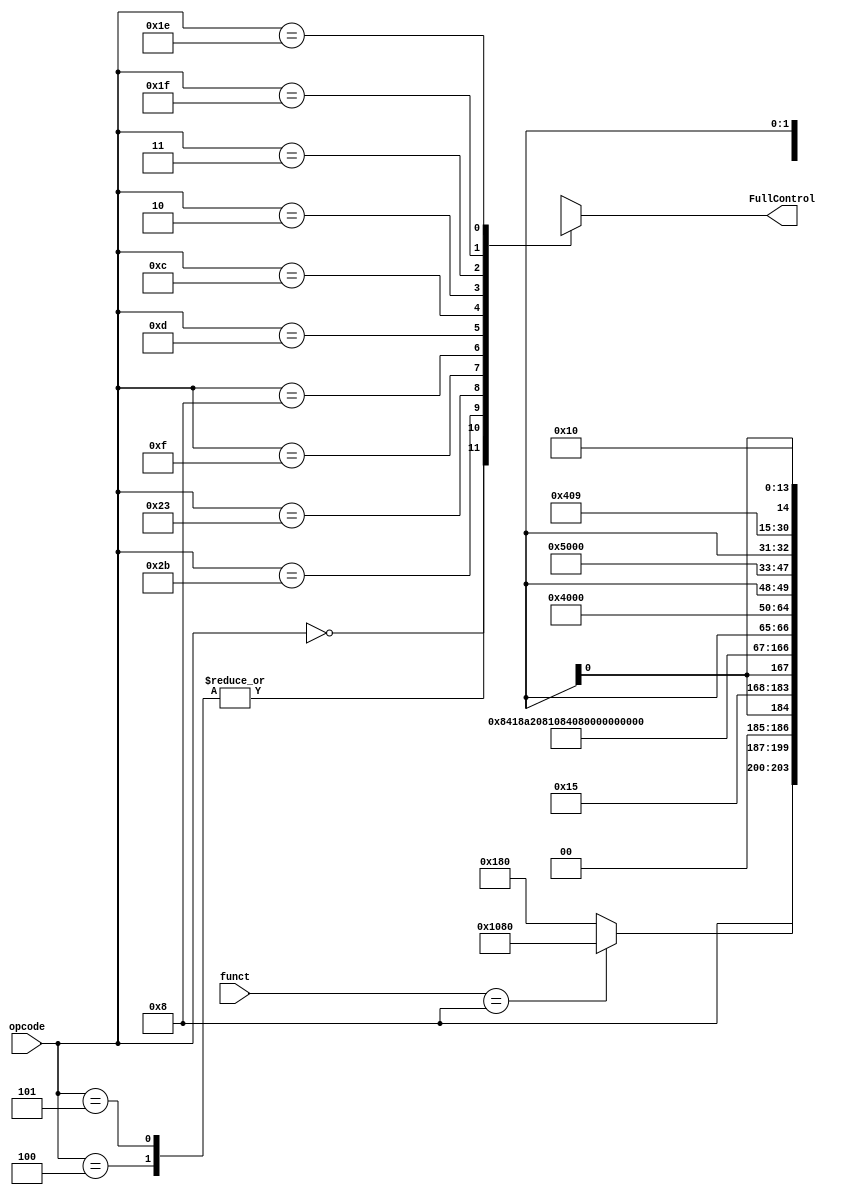
module MainControl (
	//INPUTs
	input [5:0] opcode,
	input [5:0] funct,
	//OUTPUTs
	output [16:0] FullControl
	);
	
	//Instructions to support with their OPcodes definition
	localparam
				  //Type I Operations
				  SW  = 6'h2b, 
				  LW  = 6'h23,
				  BEQ = 6'h04,
				  BNE = 6'h05,
				  LUI = 6'h0f,
				  ADDI= 6'h08,
				  ORI = 6'h0d,
				  ANDI= 6'h0c,
				  //Type J Operations
				  JMP = 6'h02,
				  JAL = 6'h03,
				  //Type R Operations
				  ROP = 6'h00, //Instructions Grouped with same opcode for R
				  //Type I/O Operations
				  PIN = 6'h1f,
				  POUT= 6'h1e;
				  			  
	//Values for ALUOp to send to ALU control unit depending on type of instruction
	localparam ZER_R = 6'h0,
			   SUB_R = 6'h1,
			   SLL_R = 6'h2,
			   ADD_R = 6'h4,
			   AND_R = 6'h8,
			   OR_R  = 6'h10,
			   R_TYP = 6'h20;

	//Values for Jump Control flow
	localparam JMP_R 	= 2'h1,
			   JMP_JAL	= 2'h2,
			   NT_VAL	= 2'h3,
			   PC_P4	= 2'h0;

	reg [16:0] rControl;
	
	always @(*) begin      			//Control Signals 
		case(opcode)	//Full truth table for main control on all the Instructions
			//Type R inst
			ROP: begin 
				if (funct == 6'h08) begin //Support for JR instruction
							 //{RegDst,ALUSrc,MemtoReg,JCtrl, Jal, MemRead,MemWrite,RegWrite,ALUOp,PIN_EN,wBchCtrl}
					rControl = { 1'h1,  1'h0,  1'h0,   JMP_R, 1'h0, 1'h0,   1'h0,    1'h0,   R_TYP, 1'h0,  1'h0};
				end else begin
							 //{RegDst,ALUSrc,MemtoReg,JCtrl, Jal, MemRead,MemWrite,RegWrite,ALUOp,PIN_EN,wBchCtrl}
					rControl = { 1'h1,  1'h0,  1'h0,   PC_P4, 1'h0, 1'h0,   1'h0,    1'h1,   R_TYP, 1'h0,  1'h0};
				end                                     
			end                                         
			//Type I inst	   {RegDst,ALUSrc,MemtoReg,JCtrl, Jal, MemRead,MemWrite,RegWrite,ALUOp, PIN_EN,wBchCtrl}
			BEQ: 	rControl = { 1'h0,  1'h0,  1'hx,   PC_P4,  1'h0, 1'h0,   1'h0,    1'h0,  SUB_R, 1'h0,    1'h1};
			BNE: 	rControl = { 1'h0,  1'h0,  1'hx,   PC_P4,  1'h0, 1'h0,   1'h0,    1'h0,  SUB_R, 1'h0,    1'h1};
			SW: 	rControl = { 1'h0,  1'h1,  1'hx,   PC_P4,  1'h0, 1'h0,   1'h1,    1'h0,  ADD_R, 1'h0,    1'h0};
			LW: 	rControl = { 1'h0,  1'h1,  1'h1,   PC_P4,  1'h0, 1'h1,   1'h0,    1'h1,  ADD_R, 1'h0,    1'h0};
			LUI:	rControl = { 1'h0,  1'h1,  1'h0,   PC_P4,  1'h0, 1'h0,   1'h0,    1'h1,  SLL_R, 1'h0,    1'h0};
			ADDI:	rControl = { 1'h0,  1'h1,  1'h0,   PC_P4,  1'h0, 1'h0,   1'h0,    1'h1,  ADD_R, 1'h0,    1'h0};
			ORI:	rControl = { 1'h0,  1'h1,  1'h0,   PC_P4,  1'h0, 1'h0,   1'h0,    1'h1,  OR_R , 1'h0,    1'h0};
			ANDI:	rControl = { 1'h0,  1'h1,  1'h0,   PC_P4,  1'h0, 1'h0,   1'h0,    1'h1,  AND_R, 1'h0,    1'h0};
		                                                
			//Type J inst	   {RegDst,ALUSrc,MemtoReg,JCtrl, Jal, MemRead,MemWrite,RegWrite,ALUOp,PIN_EN,wBchCtrl}
			JMP:	rControl = { 1'h0,  1'hx,  1'hx,   JMP_JAL, 1'h0, 1'h0,   1'h0,    1'h0,  ZER_R, 1'h0,    1'h0};
			JAL:	rControl = { 1'h0,  1'hx,  1'hx,   JMP_JAL, 1'h1, 1'h0,   1'h0,    1'h0,  ZER_R, 1'h0,    1'h0};
			                                            
			//Type I/O inst	  {RegDst,ALUSrc,MemtoReg, JCtrl, Jal, MemRead,MemWrite,RegWrite,ALUOp,PIN_EN,wBchCtrl}
			PIN: 	rControl = { 1'h0,  1'hx,  1'hx,   PC_P4, 1'h0, 1'h0,   1'h0,    1'h1,  ZER_R,  1'h1,    1'h0};
			POUT: 	rControl = { 1'h0,  1'h1,  1'hx,   PC_P4, 1'h0, 1'h0,   1'h0,    1'h0,  ADD_R,  1'h0,    1'h0};
			default: rControl = 17'hx;
		endcase
	end
	assign FullControl = rControl;
endmodule